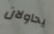
يحاولان